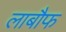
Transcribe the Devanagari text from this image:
लाबौफ